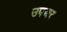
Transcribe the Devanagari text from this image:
उपचर